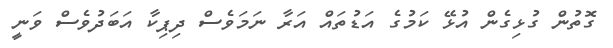
ގޮތުން ގުޅިގެން އުޅޭ ކަމުގެ އަޑުތައް އަރާ ނަމަވެސް ދިޕިކާ އަބަދުވެސް ވަނީ